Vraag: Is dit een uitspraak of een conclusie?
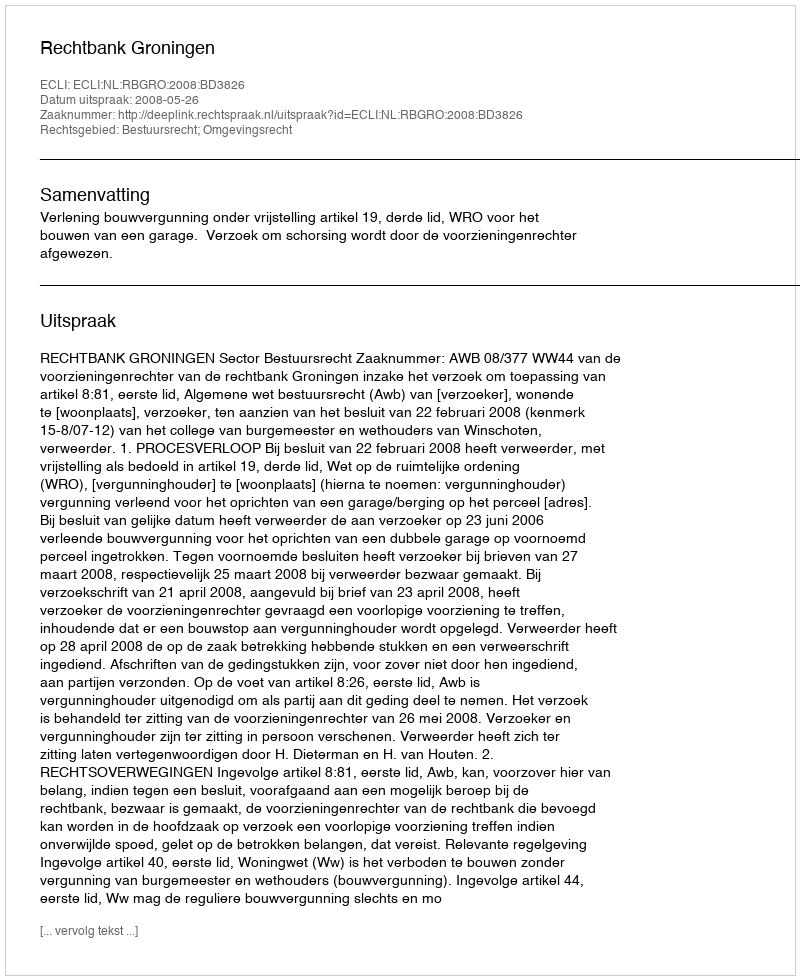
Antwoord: Uitspraak